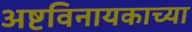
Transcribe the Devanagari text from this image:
अष्टविनायकाच्या